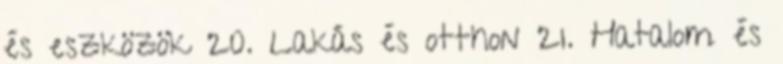
és eszközök 20. Lakás és otthon 21. Hatalom és